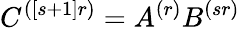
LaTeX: C^{([s+1]r)}=A^{(r)}B^{(sr)}